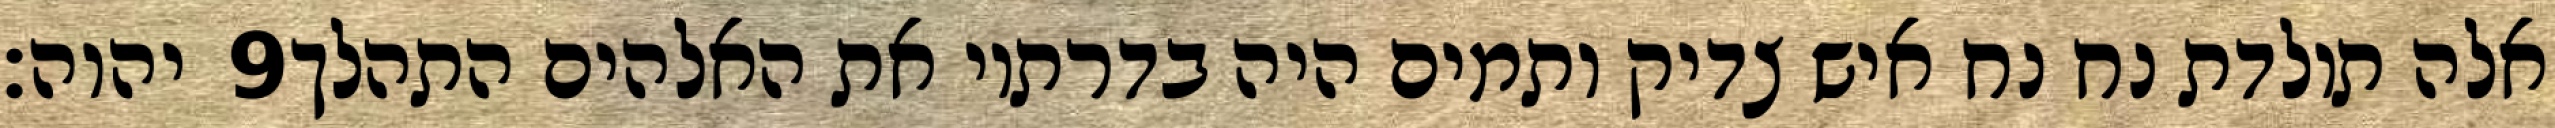
יהוה׃ ‎9‏ אלה תולדת נח נח איש צדיק ותמים היה בדרתיו את האלהים התהלך